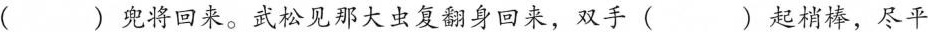
()兜将回来。武松见那大虫复翻身回来，双手()起梢棒，尽平